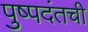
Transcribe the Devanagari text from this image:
पुष्पदंतची